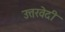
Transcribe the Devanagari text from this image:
उत्तरवेदी